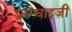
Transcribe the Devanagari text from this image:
फ़्रन्चाइज़ी